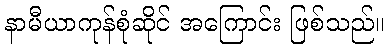
နာမီယာကုန်စုံဆိုင် အကြောင်း ဖြစ်သည်။